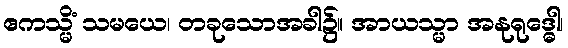
ဧကသ္မိံ သမယေ၊ တခုသောအခါ၌။ အာယသ္မာ အနုရုဒ္ဓေါ၊